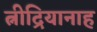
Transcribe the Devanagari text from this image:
त्नीद्रियानाह